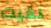
لقيت